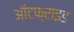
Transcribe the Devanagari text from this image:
ऑटफ्राइड